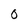
Character: 0